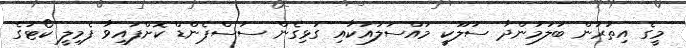
މީގެ އިތުރުން ބަލަމުންދާ ސުލޫކީ މައްސަލައަކާއި ގުޅިގެން ސަސްޕެންޑް ކޮށްފައިވާ ފެމިލީ ކޯޓުގެ